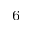
_ 6